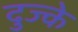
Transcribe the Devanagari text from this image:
दुज्के